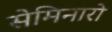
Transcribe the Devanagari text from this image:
सेमिनारो